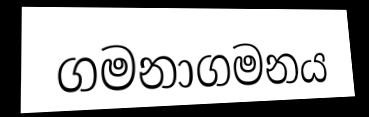
ගමනාගමනය